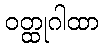
ဝတ္ထုဂါထာ